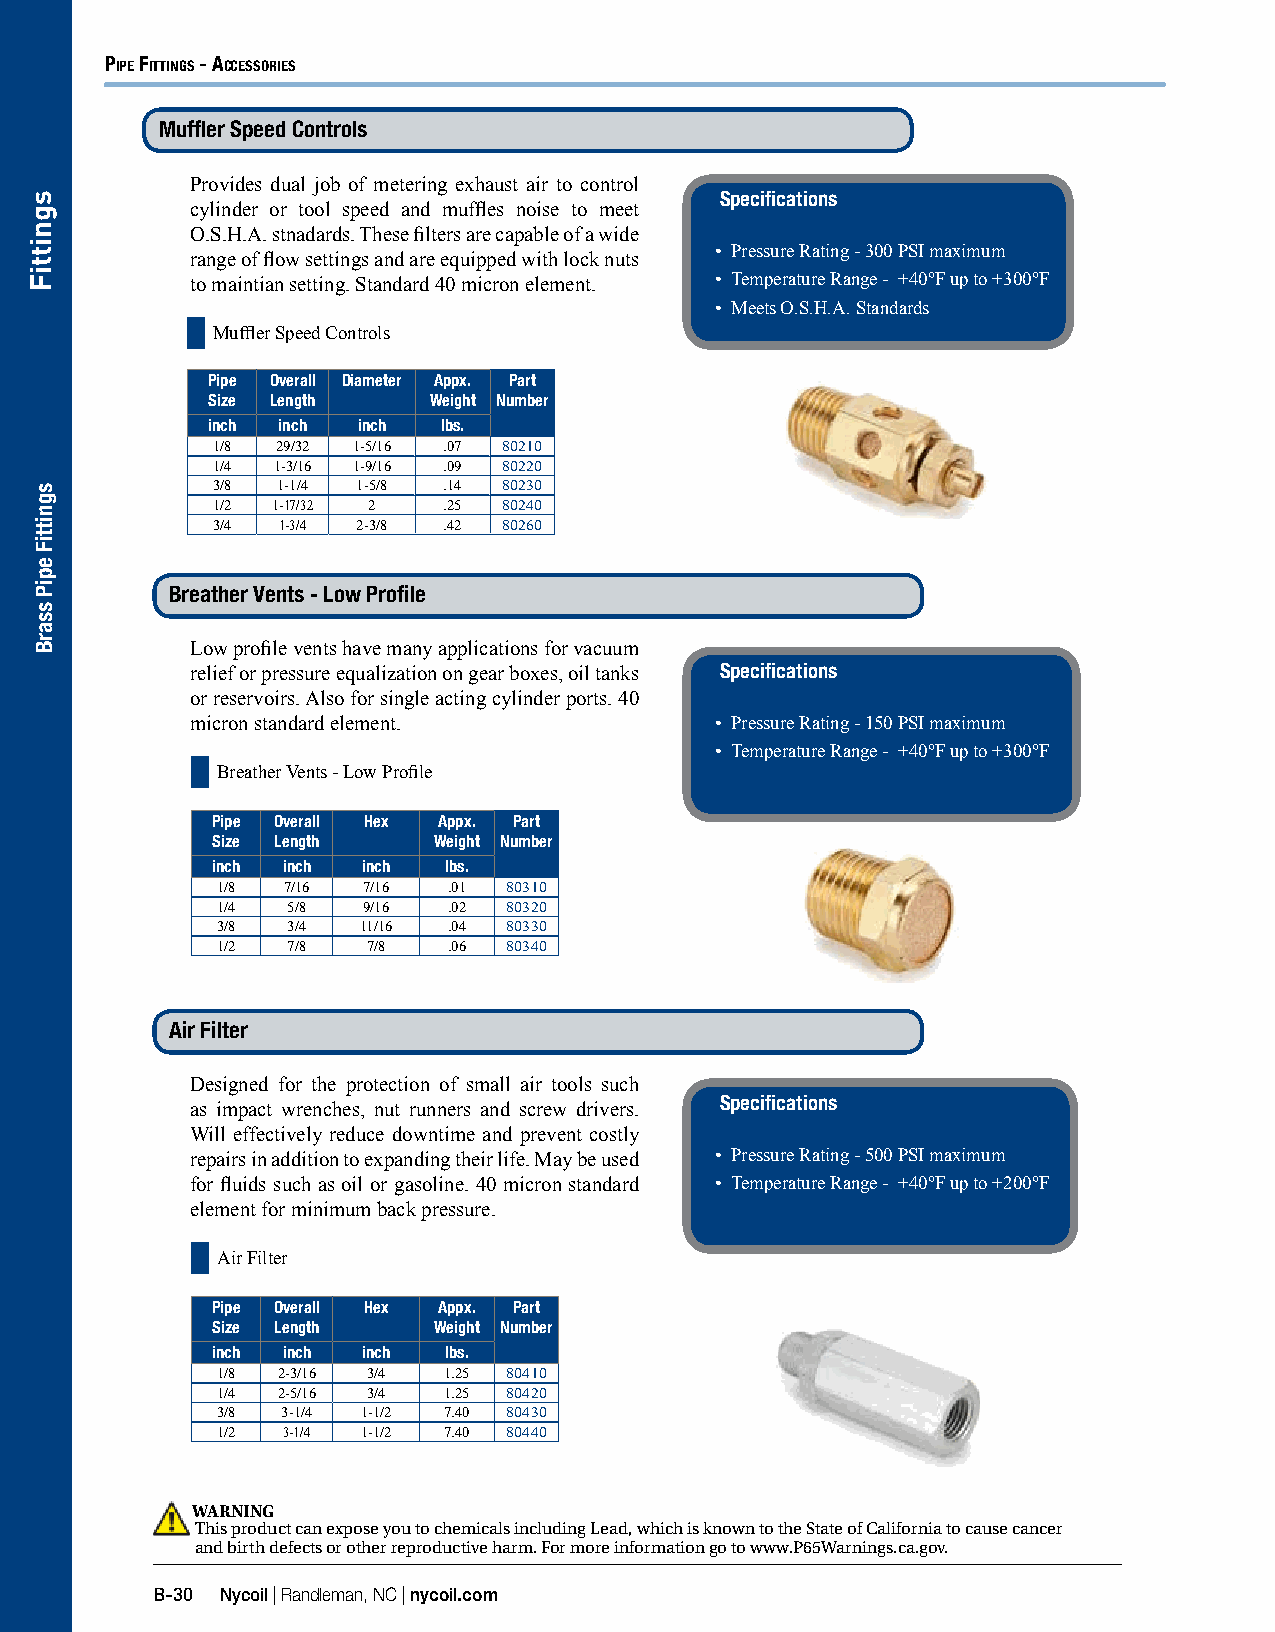
PiPe Fittings - Accessories
 Muffler Speed Controls
 Provides dual job of metering exhaust air to control
 Specifications
 cylinder or tool speed and muffles noise to meet
 O.S.H.A. stnadards. These filters are capable of a wide
 • Pressure Rating - 300 PSI maximum
 range of flow settings and are equipped with lock nuts
 to maintian setting. Standard 40 micron element. • Temperature Range - +40°F up to +300°F
 • Meets O.S.H.A. Standards
 Muffler Speed Controls
 Pipe Overall Diameter Appx. Part
 Size Length   Weight Number
 inch inch inch lbs.
 1/8 29/32 1-5/16 .07 80210
 1/4 1-3/16 1-9/16 .09 80220
 3/8 1-1/4 1-5/8 .14 80230
 1/2 1-17/32 2  .25 80240
 3/4 1-3/4 2-3/8 .42 80260
 Breather Vents - Low Profile
 Low profile vents have many applications for vacuum
 relief or pressure equalization on gear boxes, oil tanks Specifications
 or reservoirs. Also for single acting cylinder ports. 40
 micron standard element.          • Pressure Rating - 150 PSI maximum
 • Temperature Range - +40°F up to +300°F
 Breather Vents - Low Profile
 Pipe Overall Hex Appx. Part
 Size Length    Weight Number
 inch inch inch lbs.
 1/8  7/16 7/16  .01 80310
 1/4  5/8  9/16  .02 80320
 3/8  3/4  11/16 .04 80330
 1/2  7/8  7/8   .06 80340
 Air Filter
 Designed for the protection of small air tools such
 Specifications
 as impact wrenches, nut runners and screw drivers.
 Will effectively reduce downtime and prevent costly
 repairs in addition to expanding their life. May be used • Pressure Rating - 500 PSI maximum
 for fluids such as oil or gasoline. 40 micron standard • Temperature Range - +40°F up to +200°F
 element for minimum back pressure.
 Air Filter
 Pipe Overall Hex Appx. Part
 Size Length    Weight Number
 inch inch inch lbs.
 1/8 2-3/16 3/4 1.25 80410
 1/4 2-5/16 3/4 1.25 80420
 3/8  3-1/4 1-1/2 7.40 80430
 1/2  3-1/4 1-1/2 7.40 80440
 WARNING
 This product can expose you to chemicals including Lead, which is known to the State of California to cause cancer
 and birth defects or other reproductive harm. For more information go to www.P65Warnings.ca.gov.
 B-30 Nycoil | Randleman, NC | nycoil.com
 sgnittiF
 sgnittiF
 epiP
 ssarB